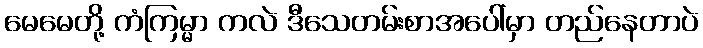
မေမေတို့ ကံကြမ္မာ ကလဲ ဒီသေတမ်းစာအပေါ်မှာ တည်နေတာပဲ